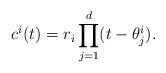
LaTeX: \begin{align*} c^i(t)=r_i \prod _{j=1}^d (t-\theta_j^i). \end{align*}